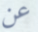
عن